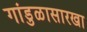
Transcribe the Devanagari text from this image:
गांडुळासारखा